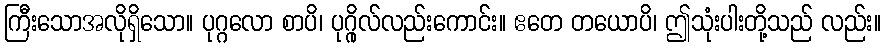
ကြီးသောအလိုရှိသော။ ပုဂ္ဂလော စာပိ၊ ပုဂ္ဂိုလ်လည်းကောင်း။ ဧတေ တယောပိ၊ ဤသုံးပါးတို့သည် လည်း။